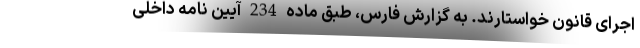
اجرای قانون خواستارند. به گزارش فارس، طبق ماده 234 آیین نامه داخلی